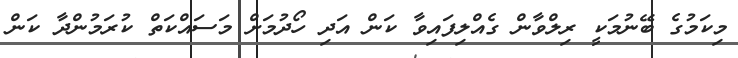
މިކަމުގެ ބޭނުމަކީ ރިލްވާން ގެއްލިފައިވާ ކަން އަދި ހޯދުމަށް މަސައްކަތް ކުރަމުންދާ ކަން